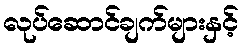
လုပ်ဆောင်ချက်များနှင့်